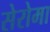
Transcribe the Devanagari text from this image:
सेरोमा